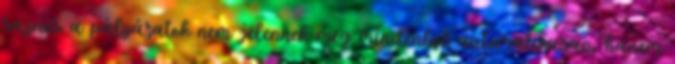
sajnos a pályázatok nem jelennek meg mindenhol automatikusan, hanem